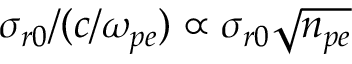
\sigma _ { r 0 } / ( c / \omega _ { p e } ) \propto \sigma _ { r 0 } \sqrt { n _ { p e } }